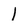
Character: 1